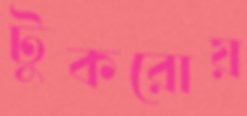
টুকরোয়